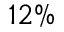
1 2 \%